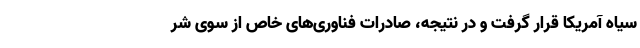
سیاه آمریکا قرار گرفت و در نتیجه، صادرات فناوری‌های خاص از سوی شر